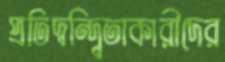
প্রতিদ্বন্দ্বিতাকারীদের